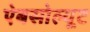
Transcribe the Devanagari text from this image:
ऐबसोल्यूट